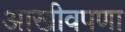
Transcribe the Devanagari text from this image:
आखीवपणा